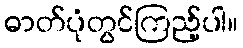
ဓာတ်ပုံတွင်ကြည့်ပါ။